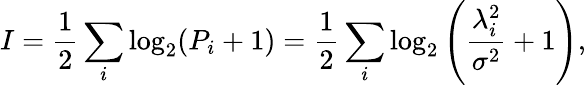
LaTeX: I=\frac{1}{2}\sum_{i}\log_{2}(P_{i}+1)=\frac{1}{2}\sum_{i}\log_{2}\left(\frac{\lambda_{i}^{2}}{\sigma^{2}}+1\right),